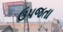
ઉપજતા